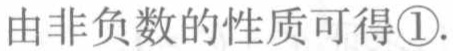
由非负数的性质可得\textcircled{1}.